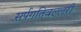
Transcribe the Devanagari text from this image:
सर्पगतिवल्लरी